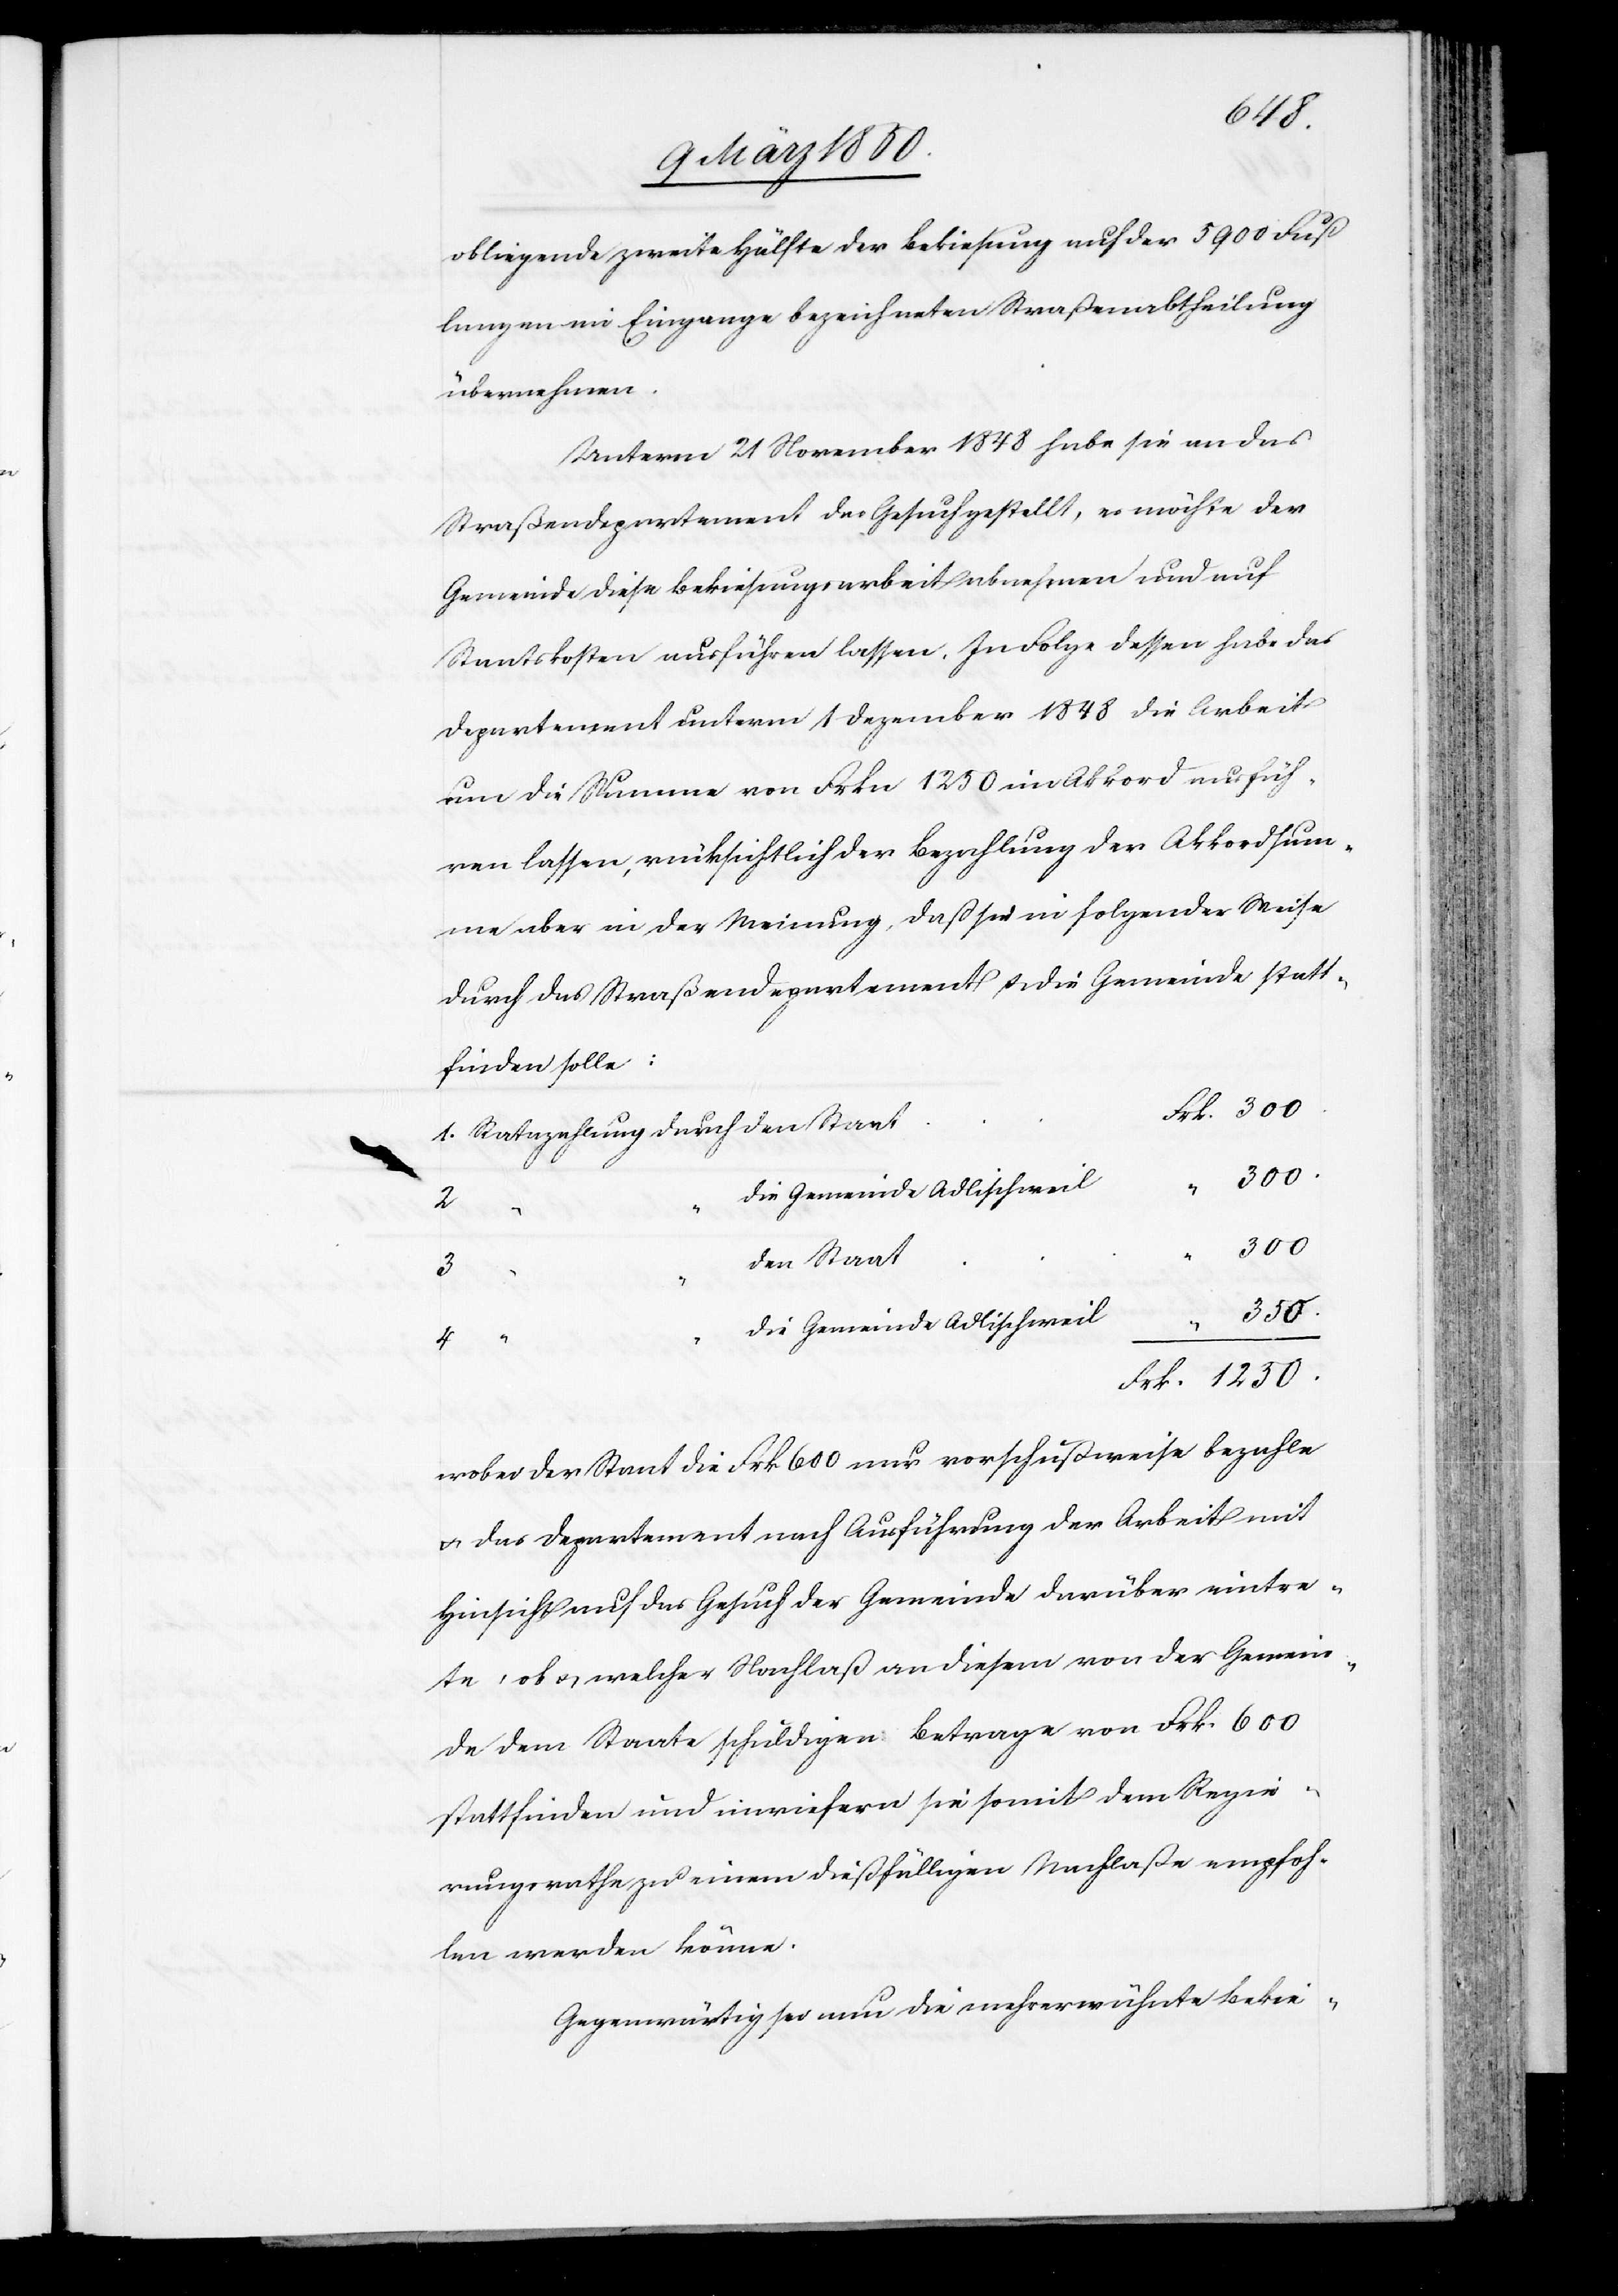
obliegende zweite Hälfte der Bekiesung auf der 5900 Fuß
langen im Eingange bezeichneten Straßenabtheilung
übernehmen.
Unterm 21 November 1848 habe sie an das
Straßendepartement das Gesuch gestellt, es möchte der
Gemeinde diese Bekiesungsarbeit abnehmen und auf
Staatskosten ausführen lassen. In Folge dessen habe das
Departement unterm 1 Dezember 1848 die Arbeit
um die Summe von Frkn 1250 im Akkord ausfüh¬
ren lassen, rücksichtlich der Bezahlung der Akkordsum¬
me aber in der Meinung, daß sie in folgender Weise
durch das Straßendepartement u. die Gemeinde statt¬
finden solle:
300.
den Staat
1250.
4
die Gemeinde Adlischweil
Frk.
wobei der Staat die Frk 600 nur vorschußweise bezahle
u. das Departement nach Ausführung der Arbeit mit
Hinsicht auf das Gesuch der Gemeinde darüber eintre¬
te, ob u. welcher Nachlaß an diesem von der Gemein¬
de dem Staate schuldigen Betrage von Frk. 600
stattfinden und inwiefern sie somit dem Regie¬
rungsrathe zu einem dießfälligen Nachlaße empfoh¬
len werden könne.
Gegenwärtig sei nun die mehrerwähnte Bekie-